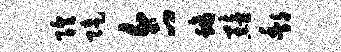
隍陡合螭黯酆